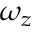
\omega _ { z }